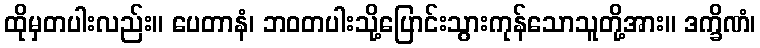
ထိုမှတပါးလည်း။ ပေတာနံ၊ ဘဝတပါးသို့ပြောင်းသွားကုန်သောသူတို့အား။ ဒက္ခိဏံ၊